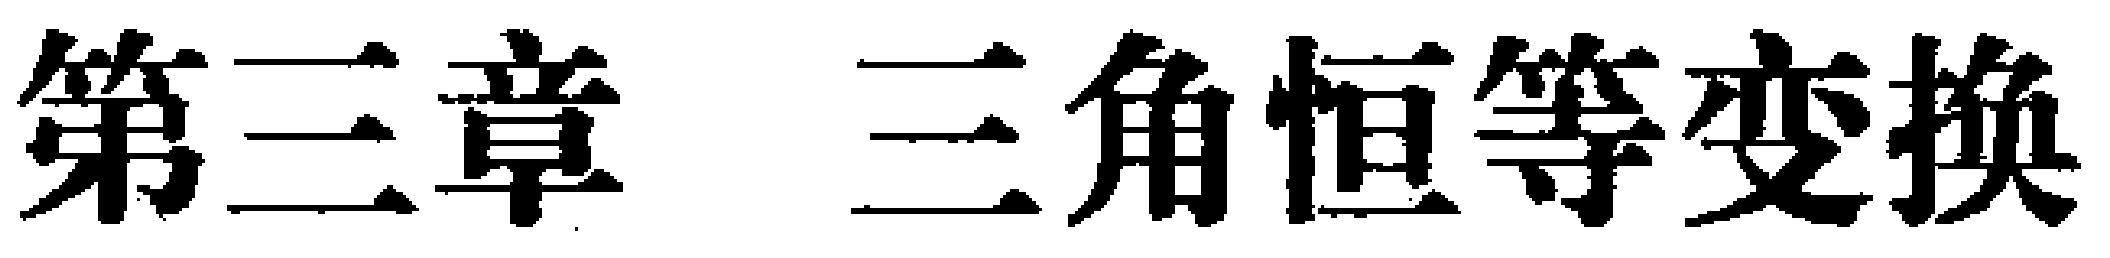
第三章 三角恒等变换